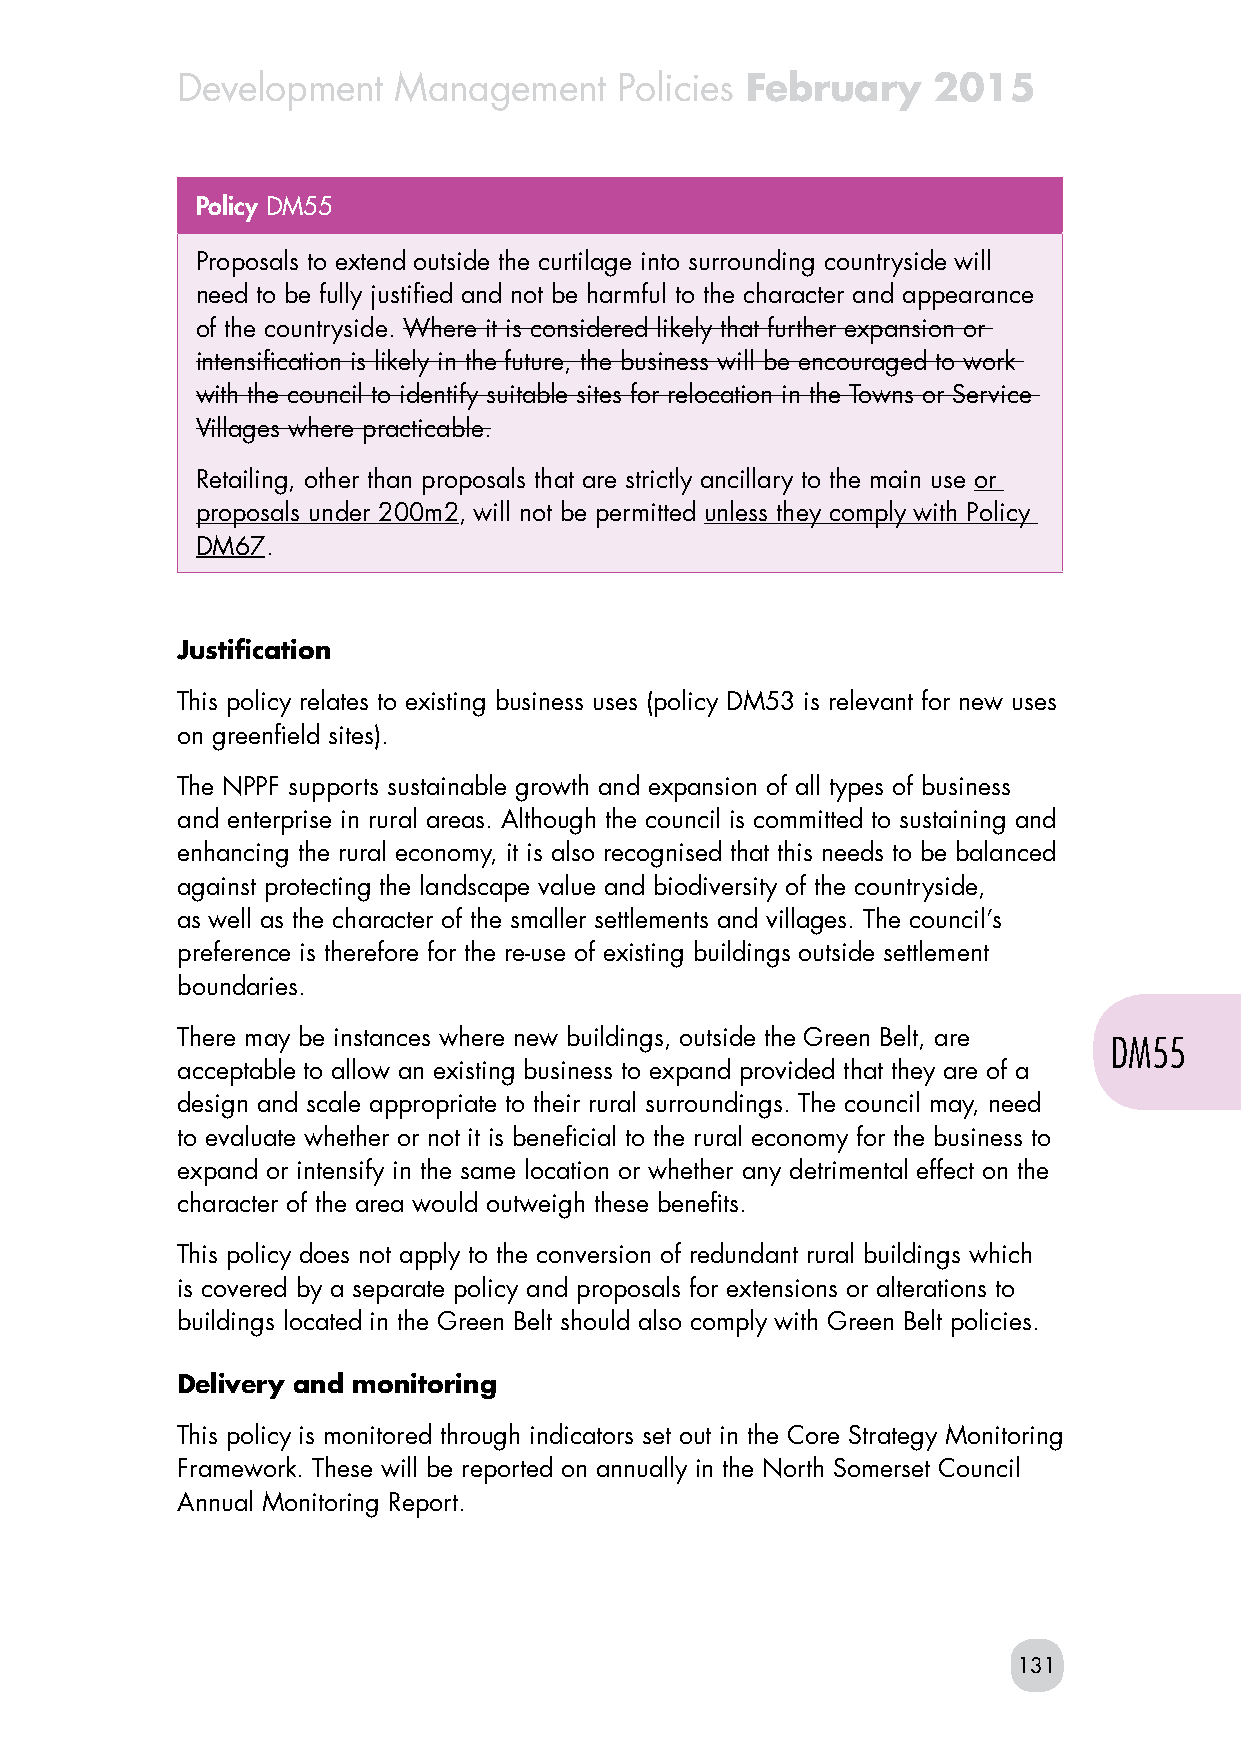
Development   Management     Policies February    2015
 Policy DM55
 Proposals to extend outside the curtilage into surrounding countryside will
 need to be fully justified and not be harmful to the character and appearance
 of the countryside. Where it is considered likely that further expansion or
 intensification is likely in the future, the business will be encouraged to work
 with the council to identify suitable sites for relocation in the Towns or Service
 Villages where practicable.
 Retailing, other than proposals that are strictly ancillary to the main use or
 proposals under 200m2, will not be permitted unless they comply with Policy
 DM67.
 Justification
 This policy relates to existing business uses (policy DM53 is relevant for new uses
 on greenfield sites).
 The NPPF supports sustainable growth and expansion of all types of business
 and enterprise in rural areas. Although the council is committed to sustaining and
 enhancing the rural economy, it is also recognised that this needs to be balanced
 against protecting the landscape value and biodiversity of the countryside,
 as well as the character of the smaller settlements and villages. The council’s
 preference is therefore for the re-use of existing buildings outside settlement
 boundaries.
 There may be instances where new buildings, outside the Green Belt, are
 DM55
 acceptable to allow an existing business to expand provided that they are of a
 design and scale appropriate to their rural surroundings. The council may, need
 to evaluate whether or not it is beneficial to the rural economy for the business to
 expand or intensify in the same location or whether any detrimental effect on the
 character of the area would outweigh these benefits.
 This policy does not apply to the conversion of redundant rural buildings which
 is covered by a separate policy and proposals for extensions or alterations to
 buildings located in the Green Belt should also comply with Green Belt policies.
 Delivery and monitoring
 This policy is monitored through indicators set out in the Core Strategy Monitoring
 Framework. These will be reported on annually in the North Somerset Council
 Annual Monitoring Report.
 131